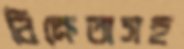
বিক্রেতাসহ